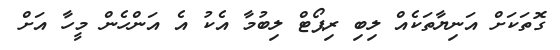
ގޮތަކަށް އަނިޔާތަކެއް ލިބި ރިޕޯޓް ލިބުމާ އެކު އެ އަންހެން މީހާ އަށް